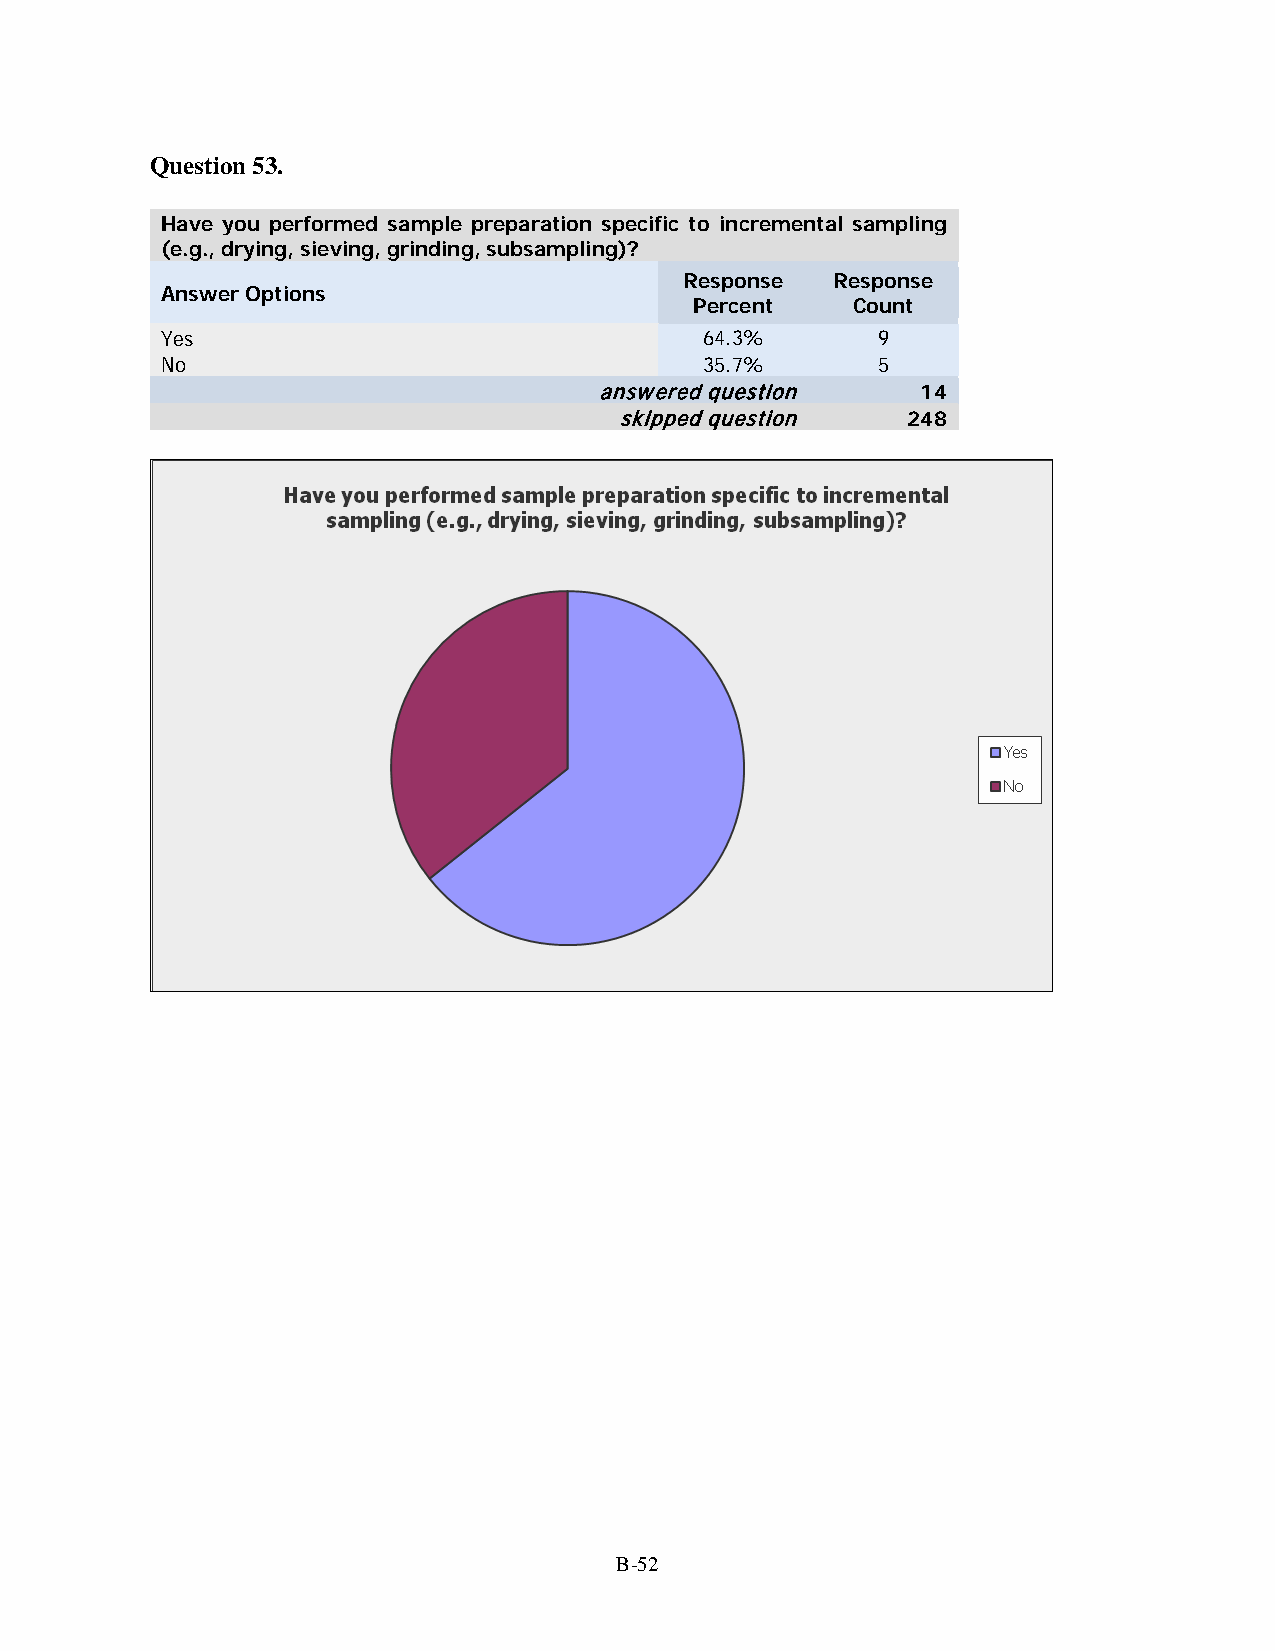
Question 53.
 Have you performed sample preparation specific to incremental sampling
 (e.g., drying, sieving, grinding, subsampling)?
 Response  Response
 Answer Options
 Percent   Count
 Yes                                 64.3%      9
 No                                  35.7%      5
 answered question    14
 skipped question   248
 B-52